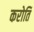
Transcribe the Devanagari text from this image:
करोतिं